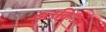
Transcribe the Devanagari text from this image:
टुलकिटचे